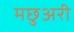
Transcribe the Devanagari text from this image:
मछुअरी